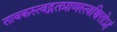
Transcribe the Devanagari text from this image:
तावकस्त्वद्गतप्राणस्त्वच्चित्तोऽहं